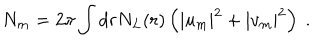
N _ { m } = 2 \pi \int d r N _ { L } ( r ) \left( | u _ { m } | ^ { 2 } + | v _ { m } | ^ { 2 } \right) ~ .